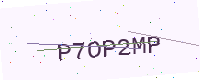
Text: P7OP2MP